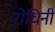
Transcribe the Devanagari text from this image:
रोधिनी